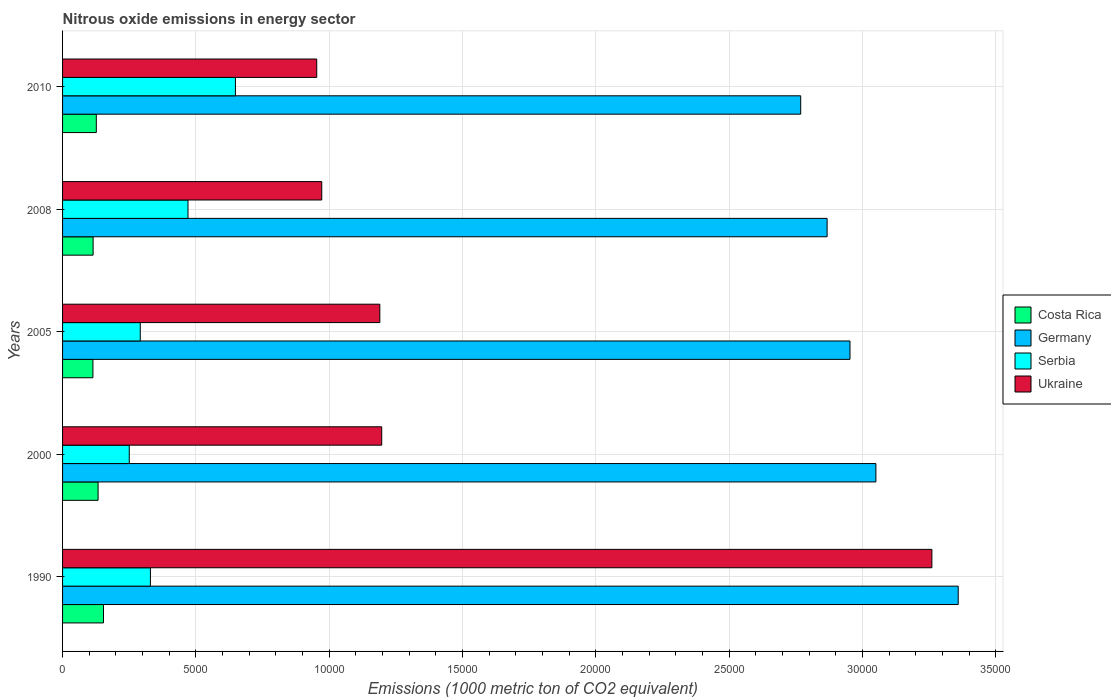
| Years | Costa Rica | Germany | Serbia | Ukraine |
 | --- | --- | --- | --- | --- |
 | 1990 | 1.54e+03 | 3.36e+04 | 3.29e+03 | 3.26e+04 |
 | 2000 | 1.33e+03 | 3.05e+04 | 2.5e+03 | 1.2e+04 |
 | 2005 | 1.14e+03 | 2.95e+04 | 2.91e+03 | 1.19e+04 |
 | 2008 | 1.15e+03 | 2.87e+04 | 4.7e+03 | 9.72e+03 |
 | 2010 | 1.27e+03 | 2.77e+04 | 6.48e+03 | 9.53e+03 |